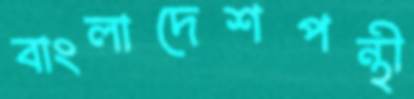
বাংলাদেশপন্থী